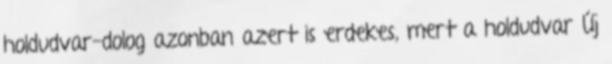
holdudvar-dolog azonban azert is erdekes, mert a holdudvar Új